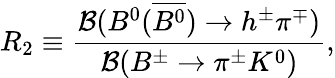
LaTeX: R_{2}\equiv\frac{{\cal B}(B^{0}(\overline{{{B^{0}}}})\to h^{\pm}\pi^{\mp})}{{\cal B}(B^{\pm}\to\pi^{\pm}K^{0})},